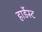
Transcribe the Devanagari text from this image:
हार्डेस्ट